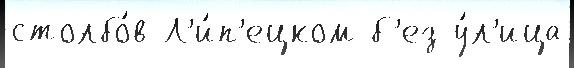
столбо́в Л'и́п'ецком б'ез у́л'ица